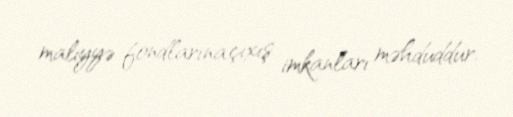
maliyyə fondlarına çıxış imkanları məhduddur.